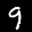
Label: 9